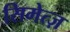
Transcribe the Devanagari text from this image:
सिमेत्ज़